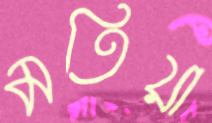
মতিয়া